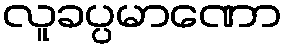
လူခပ္ပမာဏော